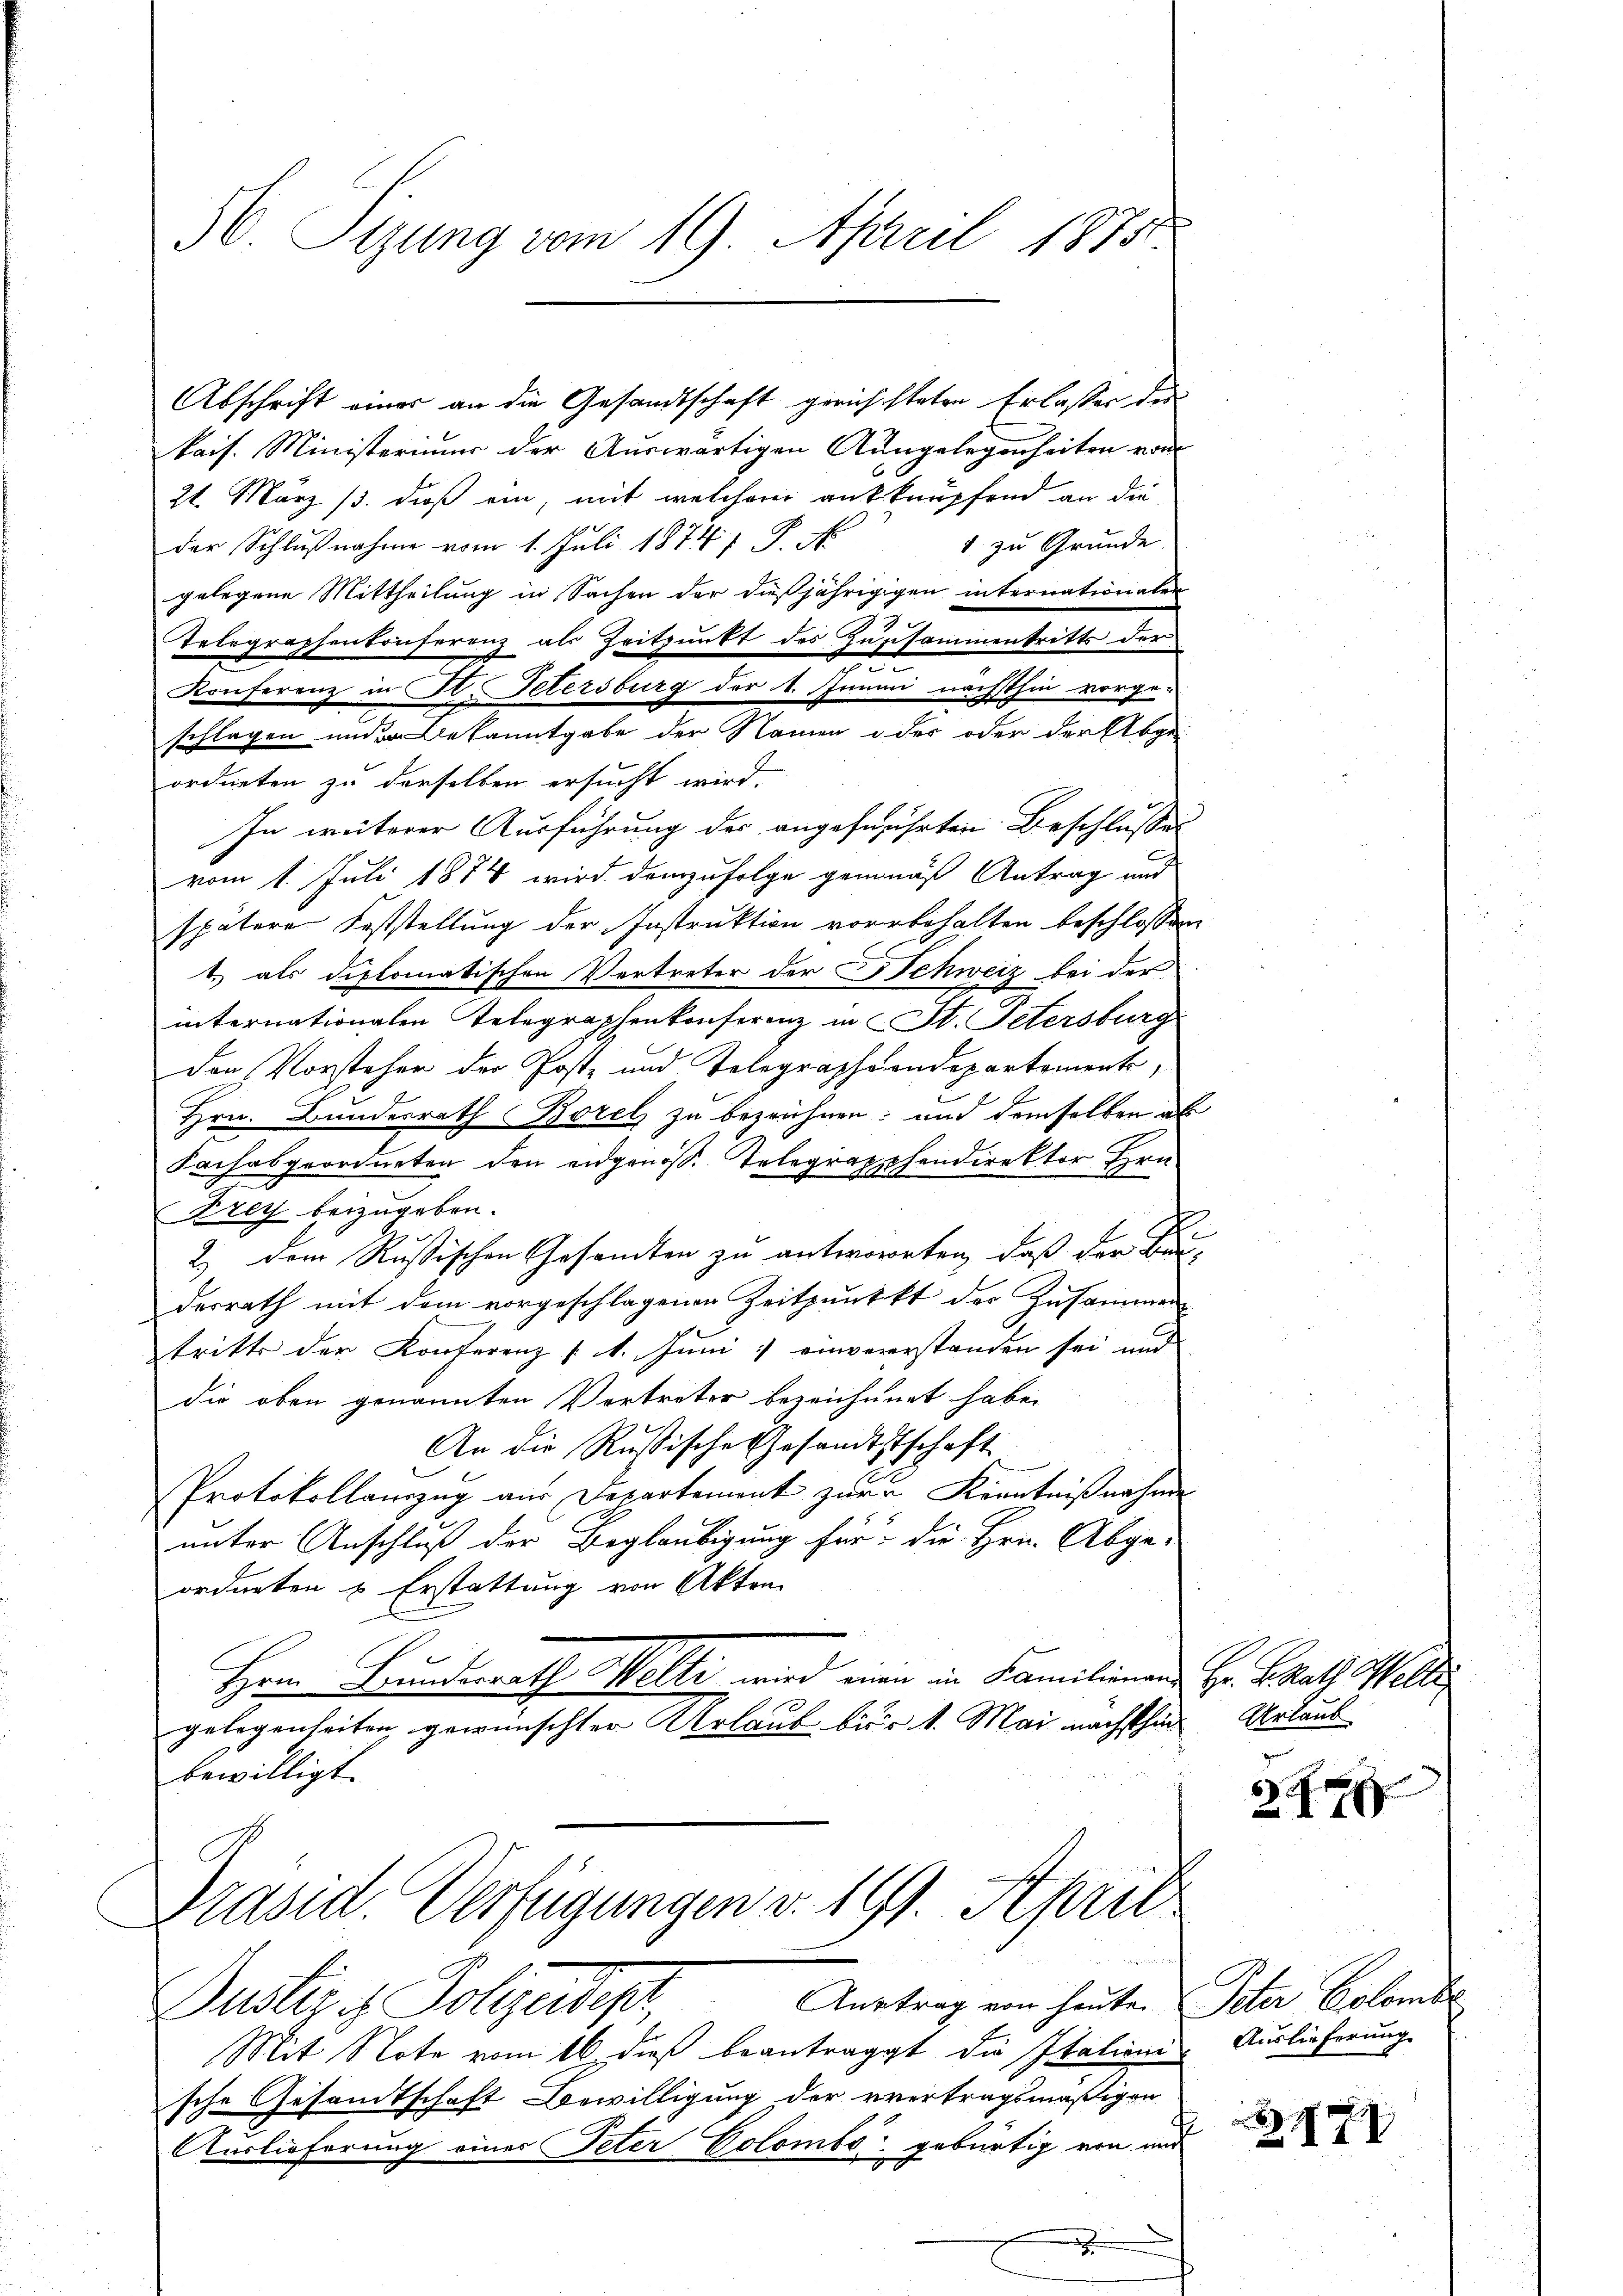
56. Sigung vom 19. April 1875.

Abschrift eines an die Gesandtschaft gerichsteten Erlassen der
kais. Ministeriums der Auswärtigen Ausgelegenheiten von
21. März 13. dieß ein, mit welcherer anknüpfend an die
1 zu Grunde.
der Schlŭβnahme vom 1. Juli 18741 P. N
gelegene Mittheilung in Sachen der dießjährigigen internationalen
Telegraphenkonferenz als Zeitpunkt des Zusammentritts der
Konferenz in St. Petersburg der 1. Junii nächsthin vorge-
.
schlagen und Bekanntgabe der Namen oder oder der Abge-
ordneten zu derselben ersucht wird.
In weiterer Ausführung des angeführten Beschlusses
vom 1. Juli 1874 wird demzufolge gemäß Antrag und
spätere Feststellung der Instruktion vorbehalten beschlossen
t. als diplomatischen Vertreter der Schweiz bei der
internationalen Telegraphenkonferenz in St. Petersburg
Den Vorsteher der Post- und Telegraphendepartement,
Hrn. Bundesrath Borel zu bezeichnen; und demselben al
Fachabgeordneten den eidgenöß. Telegraphendirektor Hrn.
Krey beizugeben.
2.) Dem Rußischen Gesandten zu antworten, daß der Bau-
derrath mit dem vorgeschlagenen Zeitpunkt der Zusammen
tritte der Konferenz (1. Juni einvererstanden sei und
die oben genannten Vertreter bezeichnert habe.
An die Russische Gesandtstschaft
Protokollauszug aus Departement zur Kenntnißnahme
unter Anschluß der Beglaubigung für die Hrn. Abge-
ordneten & Erstattung von Akten
Hern Bundesrath Welti wird eine in Familienen Hr. Brath Welle
gelegenheiten gewünschter Urlaub bis 1. Mai nächsthien Urlaub
bewilligt.

Präsid. Verfügungen v. 19. April

Anetrag von heuten Peter Colombe
Duster Polizeidigt,
Mit Note vom 16. dieß beantragt die Italiene Auslieferung
sche Gesandtschaft Bewilligung der vertragsmäßigen
Auslieferung eines Peter Colombe gebürtig von aus

r

177